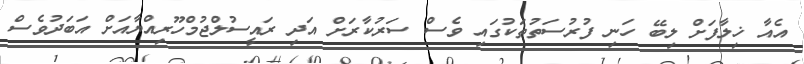
އެއާ ޚިލާފަށް ލިބޭ ހަނި ފުރުސަތުތަކުގައި ވެސް ސަރުކާރަށް އަދި ރައީސުލްޖުމްހޫރިއްޔާއަށް އަބަދުވެސް